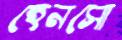
হেনসো